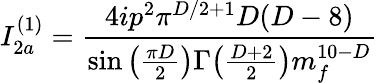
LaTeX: I_{2a}^{(1)}=\frac{4ip^{2}\pi^{D/2+1}D(D-8)}{\sin\big(\frac{\pi D}{2}\big)\Gamma\big(\frac{D+2}{2}\big)m_{f}^{10-D}}